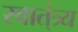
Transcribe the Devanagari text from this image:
स्वात्ंत्र्य